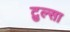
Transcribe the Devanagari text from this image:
टुल्‍सा